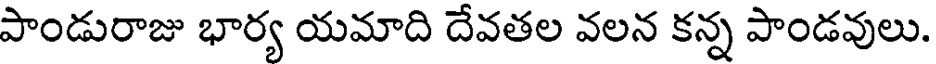
పాండురాజు భార్య యమాది దేవతల వలన కన్న పాండవులు.